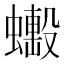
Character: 𧒼